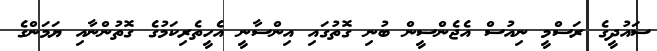
ސައުދީގެ ރަސްމީ ނިއުސް އެޖެންސީން ބުނި ގޮތުގައި އިންސާނީ އެހީތެރިކަމުގެ ގޮތުންނާއި ޔަމަންގެ